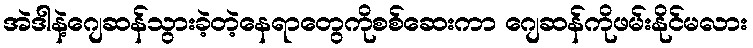
အဲဒါနဲ့ဂျေဆန်သွားခဲ့တဲ့နေရာတွေကိုစစ်ဆေးကာ ဂျေဆန်ကိုဖမ်းနိုင်မလား